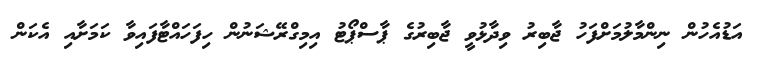
އަޑުއެހުން ނިންމާލުމަށްފަހު ޖާބިރު ވިދާޅުވީ ޖާބިރުގެ ޕާސްޕޯޓު އިމިގްރޭޝަނުން ހިފަހައްޓާފައިވާ ކަމަށާއި އެކަން